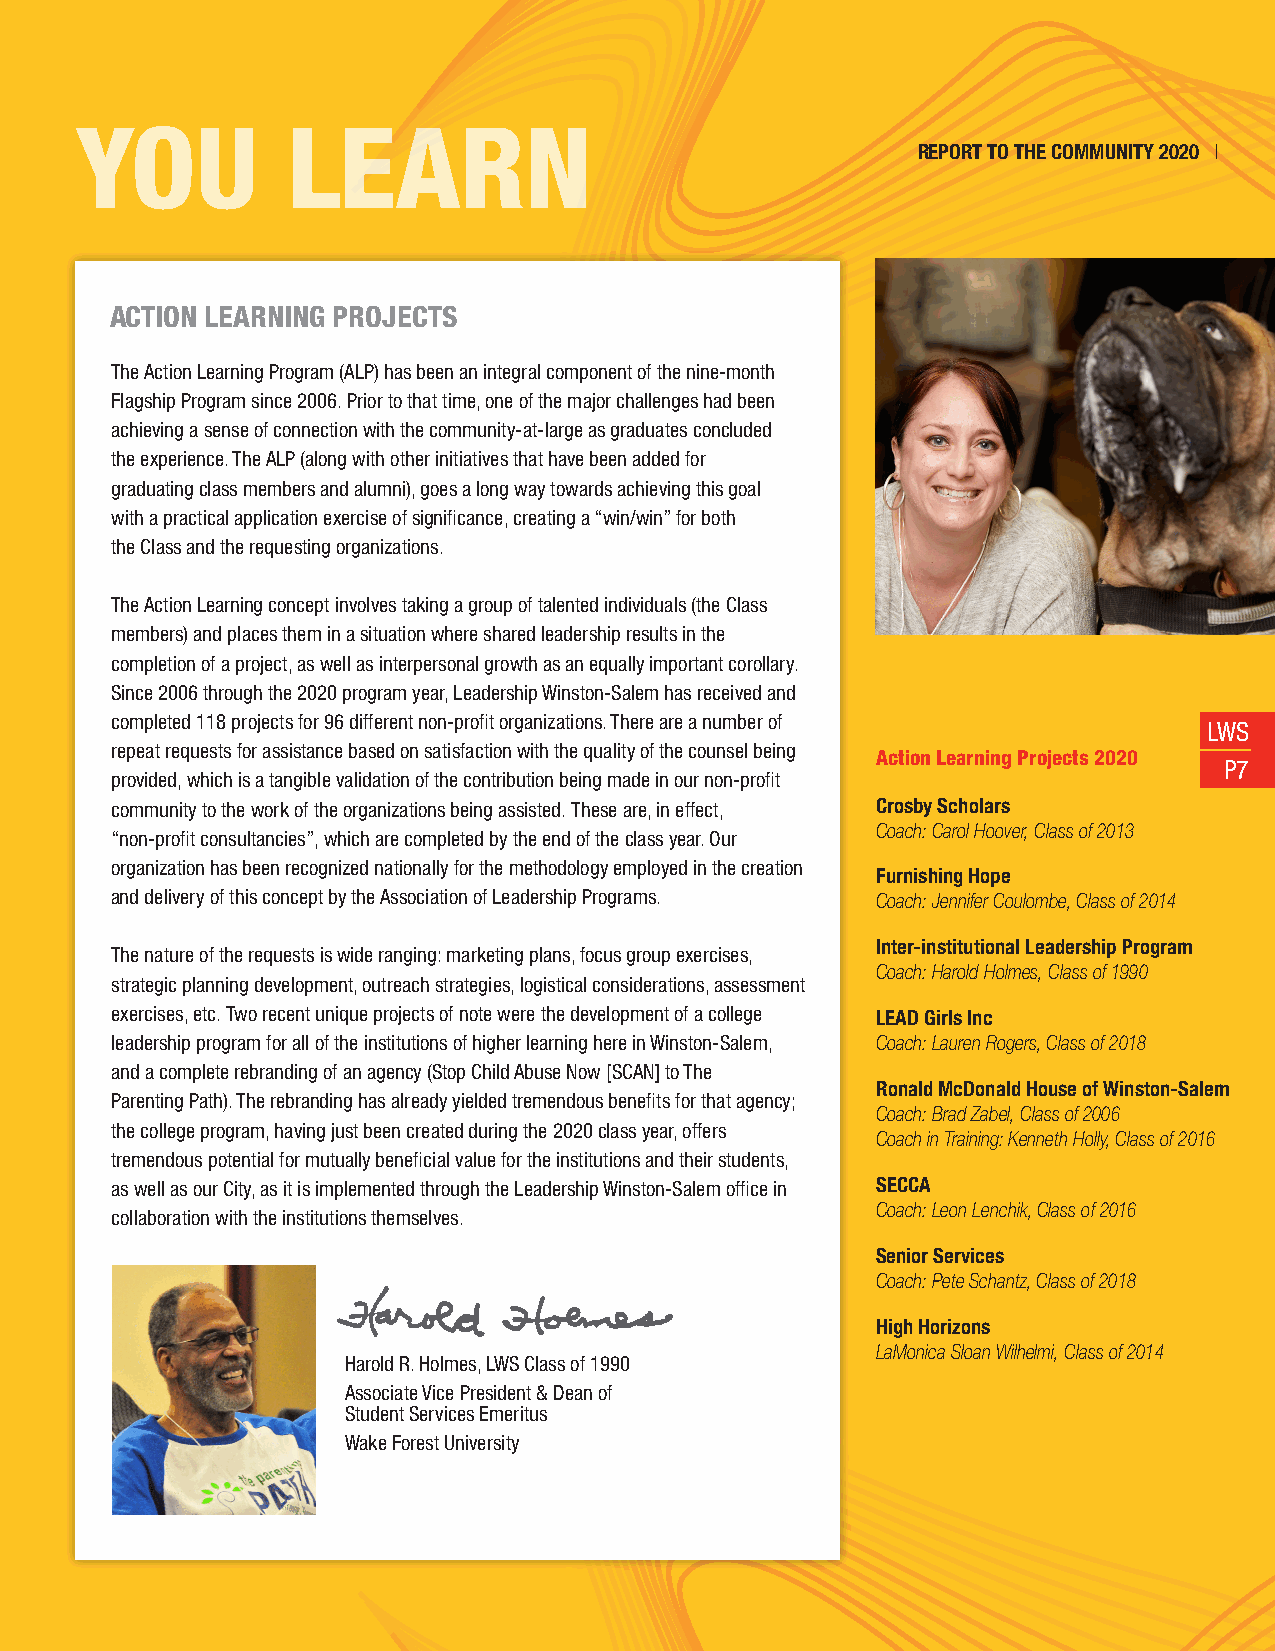
Thank you to our Corporate Sponsors YOU LEARN
 REPORT TO THE COMMUNITY 2020 |
 ACTION LEARNING PROJECTS
 The Action Learning Program (ALP) has been an integral component of the nine-month
 Flagship Program since 2006. Prior to that time, one of the major challenges had been
 achieving a sense of connection with the community-at-large as graduates concluded
 the experience. The ALP (along with other initiatives that have been added for
 graduating class members and alumni), goes a long way towards achieving this goal
 with a practical application exercise of significance, creating a “win/win” for both
 the Class and the requesting organizations.
 The Action Learning concept involves taking a group of talented individuals (the Class
 members) and places them in a situation where shared leadership results in the
 completion of a project, as well as interpersonal growth as an equally important corollary.
 Since 2006 through the 2020 program year, Leadership Winston-Salem has received and
 completed 118 projects for 96 different non-profit organizations. There are a number of
 LWS
 repeat requests for assistance based on satisfaction with the quality of the counsel being
 Action Learning Projects 2020
 P7
 provided, which is a tangible validation of the contribution being made in our non-profit
 community to the work of the organizations being assisted. These are, in effect, Crosby Scholars
 Coach: Carol Hoover, Class of 2013
 “non-profit consultancies”, which are completed by the end of the class year. Our
 organization has been recognized nationally for the methodology employed in the creation
 Furnishing Hope
 and delivery of this concept by the Association of Leadership Programs. Coach: Jennifer Coulombe, Class of 2014
 Inter-institutional Leadership Program
 The nature of the requests is wide ranging: marketing plans, focus group exercises,
 Coach: Harold Holmes, Class of 1990
 strategic planning development, outreach strategies, logistical considerations, assessment
 exercises, etc. Two recent unique projects of note were the development of a college LEAD Girls Inc
 leadership program for all of the institutions of higher learning here in Winston-Salem, Coach: Lauren Rogers, Class of 2018
 and a complete rebranding of an agency (Stop Child Abuse Now [SCAN] to The
 Ronald McDonald House of Winston-Salem
 Parenting Path). The rebranding has already yielded tremendous benefits for that agency;
 Coach: Brad Zabel, Class of 2006
 the college program, having just been created during the 2020 class year, offers
 Coach in Training: Kenneth Holly, Class of 2016
 tremendous potential for mutually beneficial value for the institutions and their students,
 as well as our City, as it is implemented through the Leadership Winston-Salem office in SECCA
 Coach: Leon Lenchik, Class of 2016
 collaboration with the institutions themselves.
 Senior Services
 Coach: Pete Schantz, Class of 2018
 High Horizons
 LaMonica Sloan Wilhelmi, Class of 2014
 Harold R. Holmes, LWS Class of 1990
 Associate Vice President & Dean of
 Student Services Emeritus
 Wake Forest University